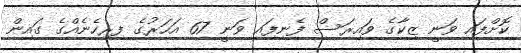
ކޮށްފައި ވަނީ ޒިކާގެ ވައިރަސް ފެނިފަިއ ވަނީ 67 އަހަރުގެ ފިރިހެނެއްގެ ގައިން